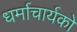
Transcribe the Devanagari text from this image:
धर्माचार्यको